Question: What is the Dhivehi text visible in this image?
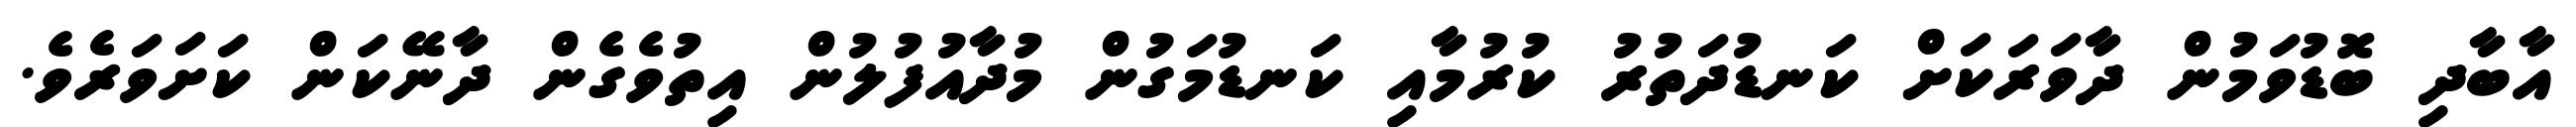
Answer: އާބާދި ބޮޑުވަމުން ދާވަރަކަށް ކަނޑުދަތުރު ކުރުމާއި ކަނޑުމަގުން މުދާއުފުލުން އިތުވެގެން ދާނޭކަން ކަށަވަރެވެ.